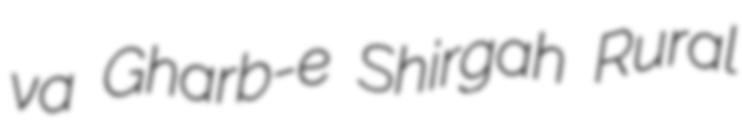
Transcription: va Gharb-e Shirgah Rural